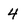
Character: 4